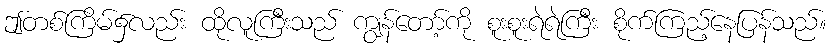
ဤတစ်ကြိမ်၌လည်း ထိုလူကြီးသည် ကျွန်တော့်ကို စူးစူးရဲရဲကြီး စိုက်ကြည့်နေပြန်သည်။